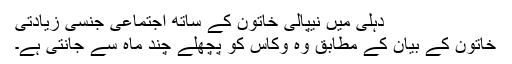
دہلی میں نیپالی خاتون کے ساتھ اجتماعی جنسی زیادتی
خاتون کے بیان کے مطابق وہ وکاس کو پچھلے چند ماہ سے جانتی ہے۔